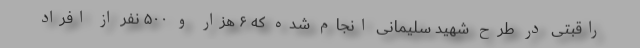
راقبتی در طرح شهید سلیمانی انجام شده که ۶ هزار و ۵۰۰ نفر از افراد